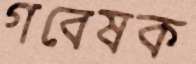
গবেষক